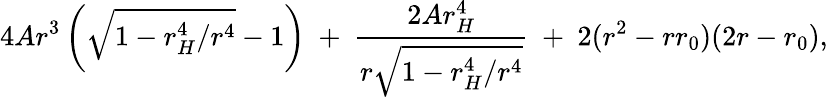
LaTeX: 4Ar^{3}\left(\sqrt{1-r_{H}^{4}/r^{4}}-1\right)\ +\ \frac{2Ar_{H}^{4}}{r\sqrt{1-r_{H}^{4}/r^{4}}}\ +\ 2(r^{2}-rr_{0})(2r-r_{0}),